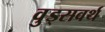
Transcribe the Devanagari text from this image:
वुड्सवर्थ